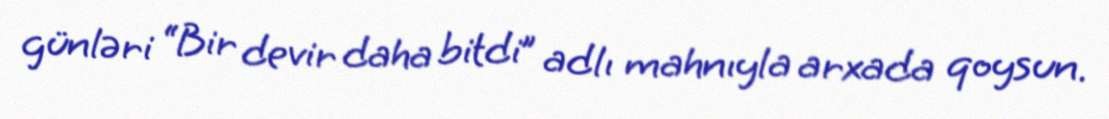
günləri “Bir devir daha bitdi” adlı mahnıyla arxada qoysun.